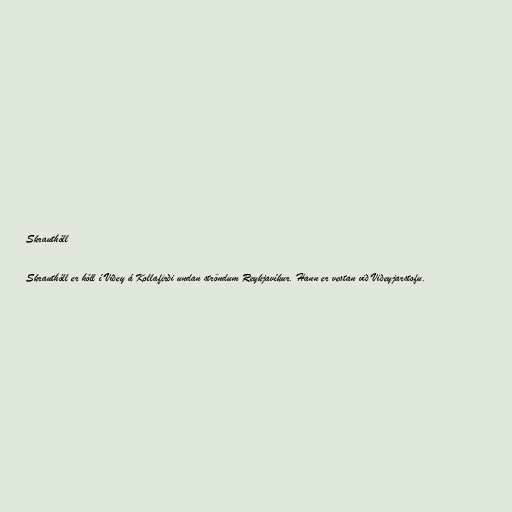
Skrauthóll

Skrauthóll er hóll í Viðey á Kollafirði undan ströndum Reykjavíkur. Hann er vestan við Viðeyjarstofu.